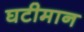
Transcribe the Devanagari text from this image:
घटीमान